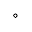
\circ